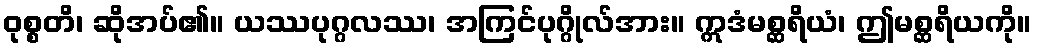
ဝုစ္စတိ၊ ဆိုအပ်၏။ ယဿပုဂ္ဂလဿ၊ အကြင်ပုဂ္ဂိုလ်အား။ ဣဒံမစ္ဆရိယံ၊ ဤမစ္ဆရိယကို။